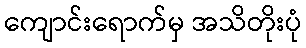
ကျောင်းရောက်မှ အသိတိုးပုံ